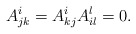
\begin{align*}A^i_{jk}=A^i_{kj} A^l_{il}=0.\end{align*}